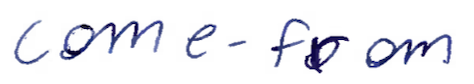
Text: come-from
Cross-out: clean
Writing tool: ballpoint